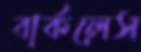
বার্কলেস